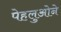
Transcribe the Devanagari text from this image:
पेहलुओने